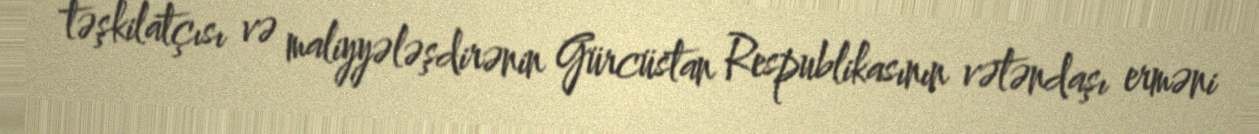
təşkilatçısı və maliyyələşdirənin Gürcüstan Respublikasının vətəndaşı erməni